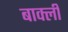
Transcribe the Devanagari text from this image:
बार्क्ली